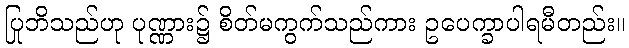
ပြုဘိသည်ဟု ပုဏ္ဏား၌ စိတ်မကွက်သည်ကား ဥပေက္ခာပါရမီတည်း။